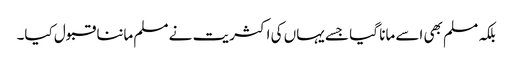
بلکہ مسلم بھی اسے مانا گیا جسے یہاں کی اکثریت نے مسلم ماننا قبول کیا۔